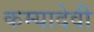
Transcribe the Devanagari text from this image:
कम्यादेवी